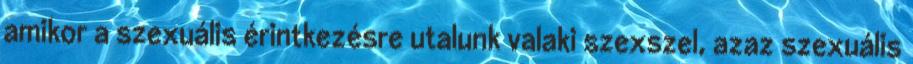
amikor a szexuális érintkezésre utalunk valaki szexszel, azaz szexuális